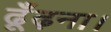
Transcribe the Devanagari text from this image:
ढूँढ़ना।